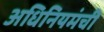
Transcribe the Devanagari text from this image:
अधिनियमंची